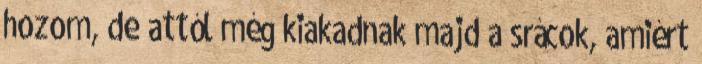
hozom, de attól még kiakadnak majd a srácok, amiért